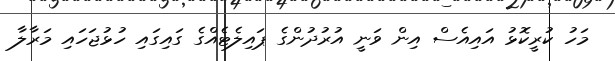
މަހު ކުރީކޮޅު އައިއެސް އިން ވަނީ އުރުދުންގެ ޕައިލެޓެއްގެ ގައިގައި ހުޅުޖަހައި މަރާލާ